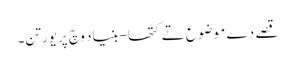
قصے دے موضوع تے کتھا-بنیاد وچ پریورتن۔